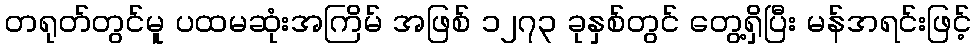
တရုတ်တွင်မူ ပထမဆုံးအကြိမ် အဖြစ် ၁၂၇၃ ခုနှစ်တွင် တွေ့ရှိပြီး မန်ဒာရင်းဖြင့်